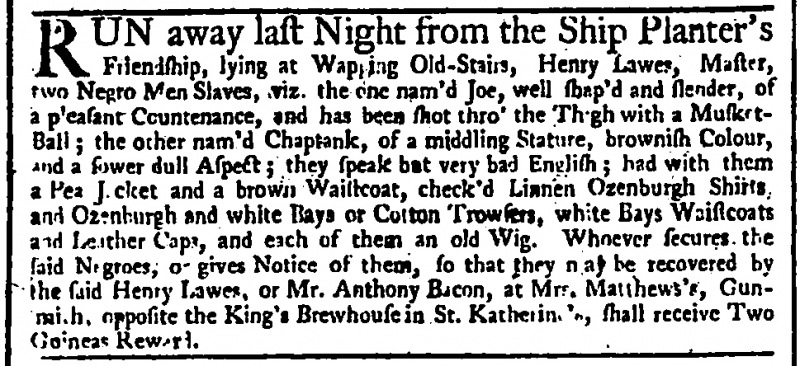
Daily Advertiser, 17 May 1744 (England)
RUN away last Night from the Ship Planter’s Friendship, lying at Wapping Old-Stairs, Henry Lawes, Master, two Negro Men Slaves, viz. the one nam’d Joe, well shap’d and slender, of a pleasant Countenance, and has been shot thro’ the Thigh with a Musket-Ball; the other nam’d Chaptank, of a middling Stature, brownish Colour, and a sower dull Aspect; they speak but very bad English; had with them a Pea J[a]cket and a brown Waistcoat, check’d Linnen Ozenburgh Shirts, and Ozenburgh and white Bays or Cotton Trowsers, white Bays Waistcoats and Leather Caps, and each of them an old Wig. Whoever secures the said Negroes, or gives Notice of them, so that they may be recovered by the said Henry Lawes, or Mr. Anthony Bacon, at Mrs. Matthews’s, Gun-[s]mith, opposite the King’s Brewhouse in St. Katherine’s, shall receive Two Guineas Reward.